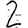
Digit: 2